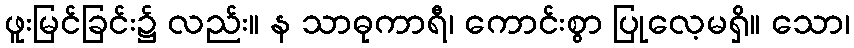
ဖူးမြင်ခြင်း၌ လည်း။ န သာဓုကာရီ၊ ကောင်းစွာ ပြုလေ့မရှိ။ သော၊